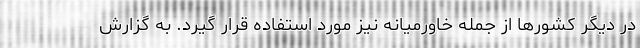
در دیگر کشورها از جمله خاورمیانه نیز مورد استفاده قرار گیرد. به گزارش